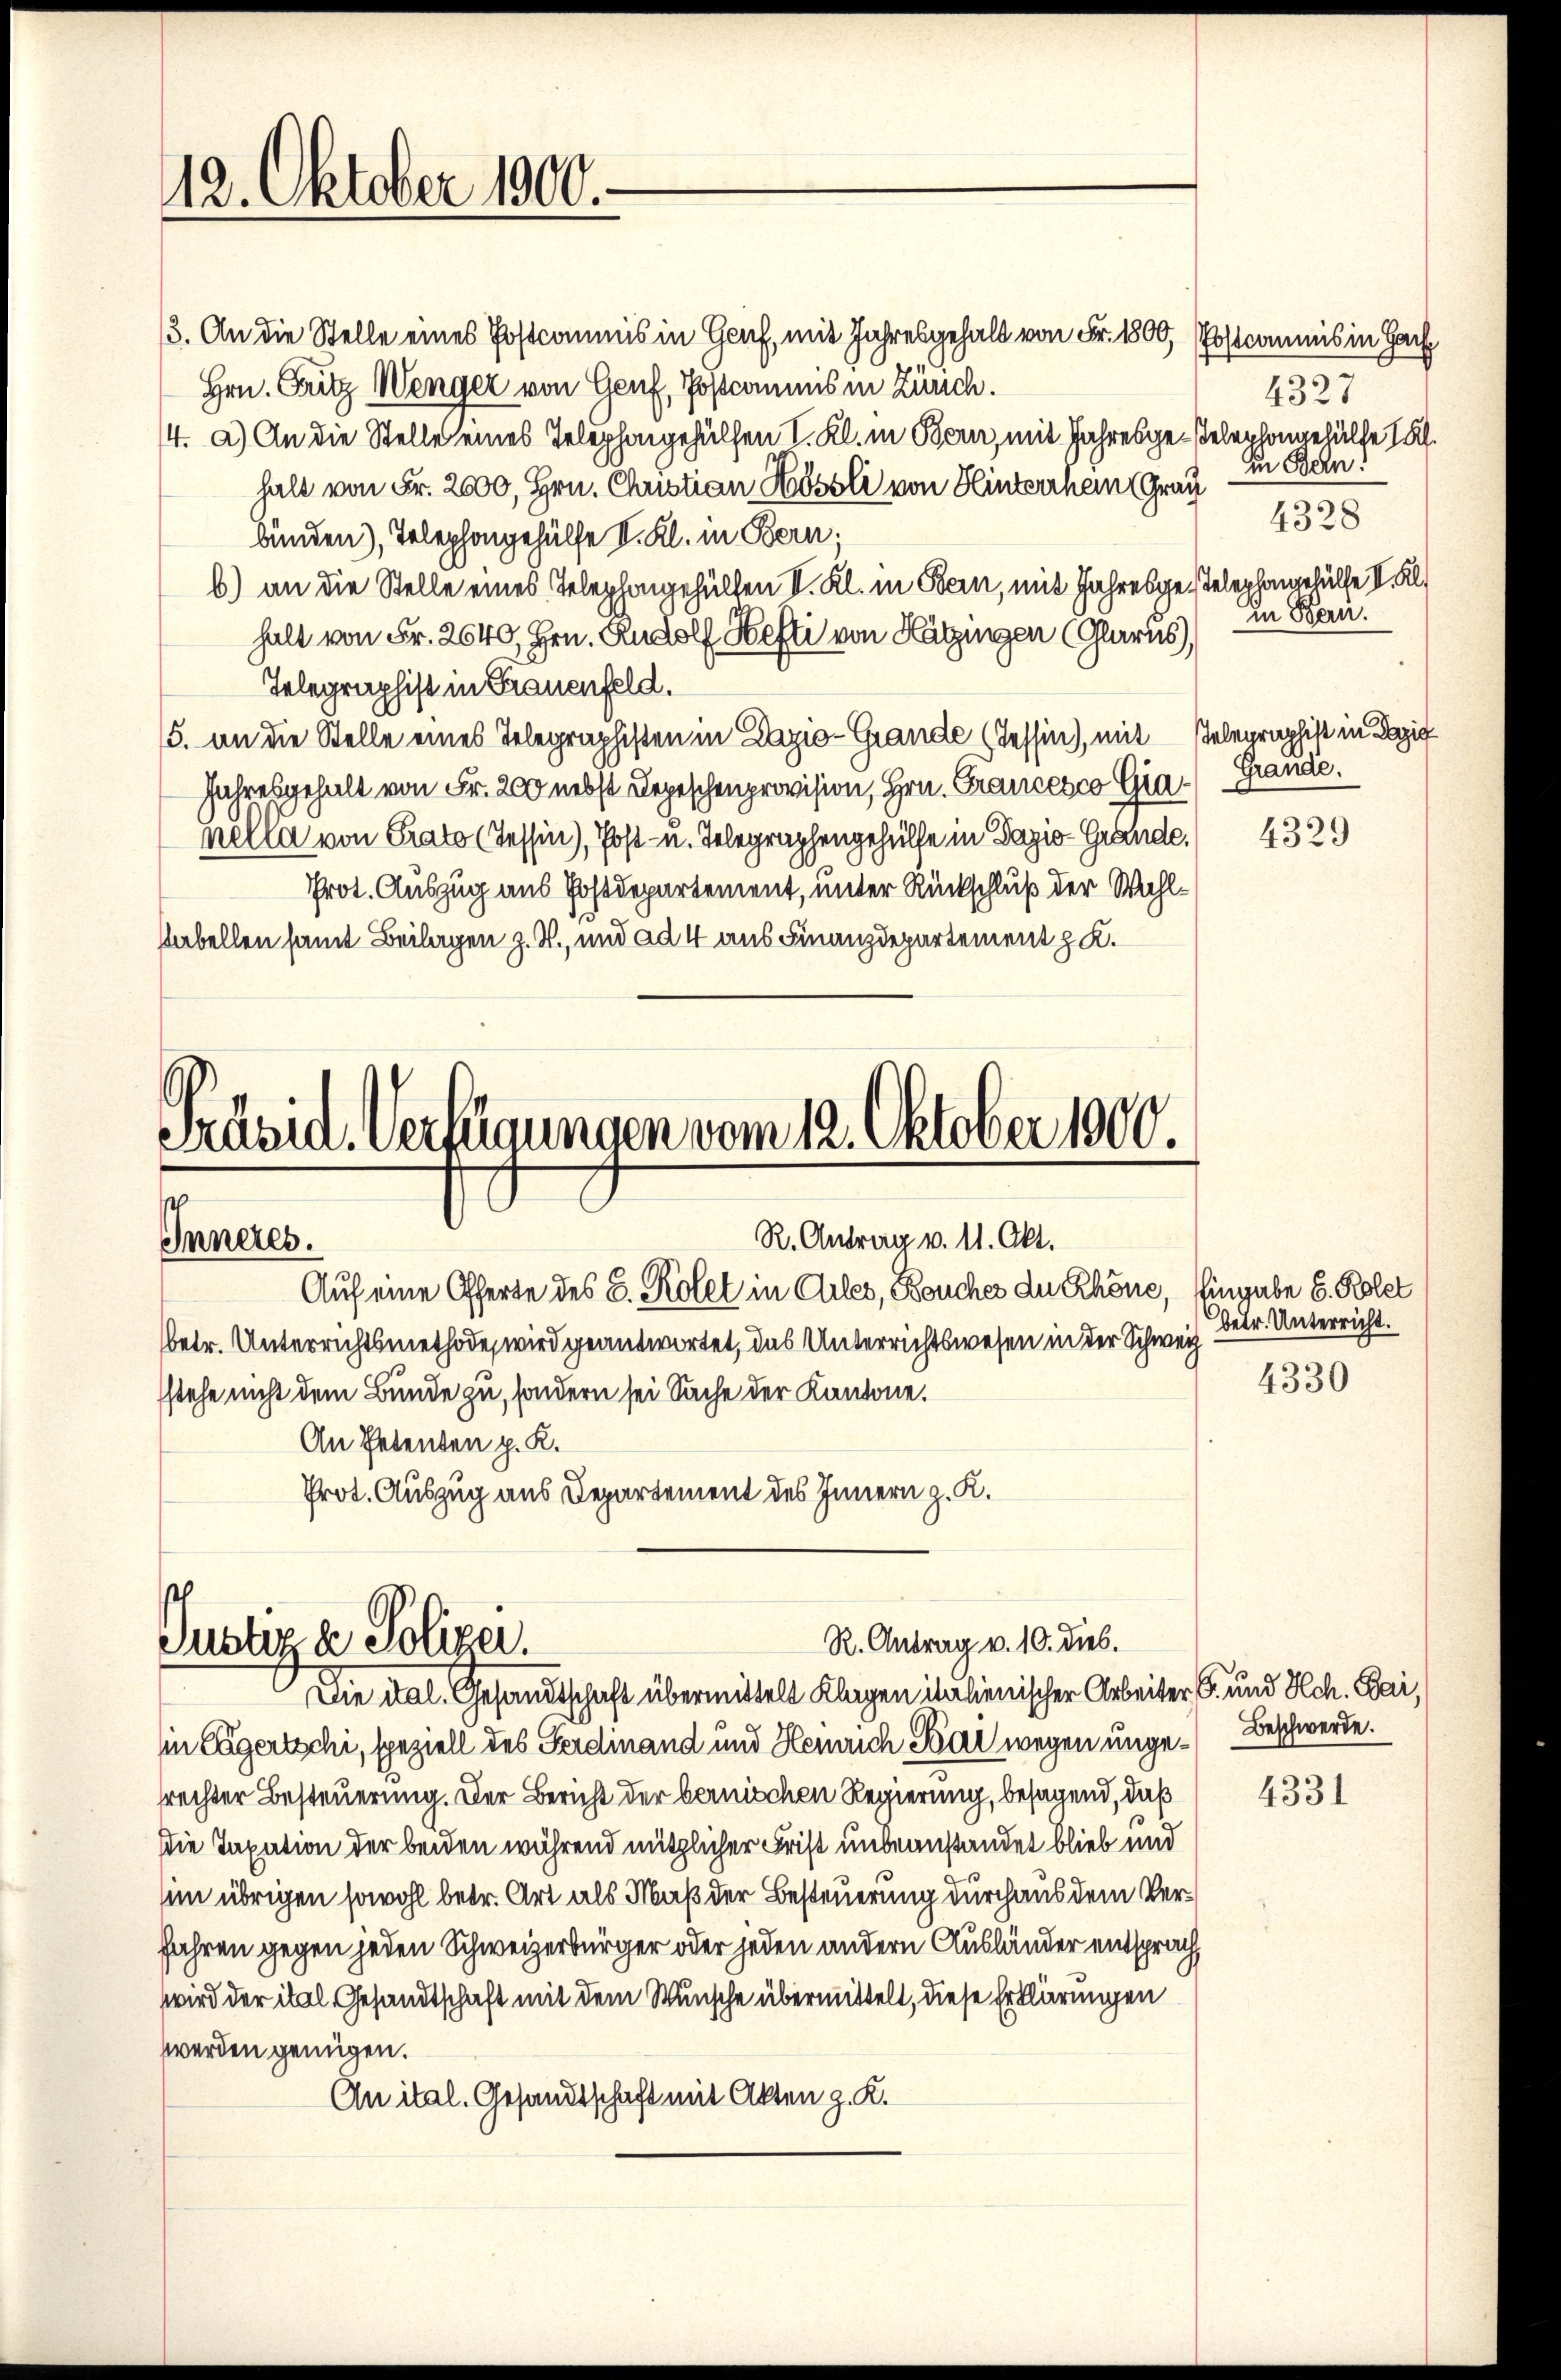
12. Oktober 1900.

13. An die Stelle eines Postcommis in Graf, mit Jahresgehalt von Fr. 1800, Postcommis in Har
Hrn. Fritz Wenger von Genf, Postcommis in Zürich.
14. a.) An die Stelle eines Telephongehülfen I. Kl. in Bern, mit Jahresge-Telephongehülfe 15.
halt von Fr. 2000, Hrn. Christian Kössli von Hinterrhein Grau
bünden), Telephongehülfe I. Kl. in Bern;
b) an die Stelle eines Telephongehülfen I. Kl. in Bern, mit Jahresgestelephongehülfe I. Kl
halt von Fr. 2640, Hrn. Rudolf Hefti von Hatzingen (Glarus),
Telegraphist in Frauenfeld.
5. an die Stelle eines Telegraphisten in Dazio-Grande (Tessin, mit Gelegraphist in Pazig
Jahresgehalt von Fr. 200 nebst Depeschenprovision, Hrn. Francesco Gia-Grande.
nella von Prato (Tessin), Post- u. Telegraphengehülfe in Pazis-Grande. 432.)
Prot. Auszug aus Postdepartement, unter Rückschluß der Wahlstabellen samt Beilagen z. B., und ad 4 aus Finanzdepartement z. K.

Präsid. Verfügungen vom 12. Oktober 1900.
R. Antrag v. 11. Okt.
Inneres.
Auf eine Offerte des 5. Kolet in Ciles, Bouches du Rhöne, Eingabe E. Polet

betr. Unterrichtsmethode, wird geantwortet, das Unterrichtswesen in der Schweiz
stehe nicht dem Bunde zu, sondern sei Sache der Kantone.
An Petenten p. K.
Prot. Auszug aus Departement des Innern z. K.

R. Antrag v. 10. dies.
Justiz & Polizei.
Die ital. Gesandtschaft übermittelt Klagen italienischer Arbeiter S. und Hch. Bai,

in Cägertschi, speziell des Ferdinand und Heinrich Par wegen ungerechter Besteuerung. Der Bericht der bernischen Regierung, besagend, daß
Die Taxation der beiden während nützlicher Frist unbeanstandet blieb und
sim übrigen sowohl betr. Art als Maß der Besteuerung durchaus dem Verfahren gegen jeden Schweizerbürger oder jeden andern Ausländer entsprach
wird der ital Gesandtschaft mit dem Wunsche übermittelt, diese Erklärungen
werden genügen.
An ital. Gesandtschaft mit Akten z. K.

4327
in Bern!
4328
In Bern.

betr. Unterricht.
4330

Beschwerde.

4331